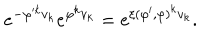
LaTeX: e ^ { - \varphi ^ { k } v _ { k } } e ^ { \varphi ^ { k } v _ { k } } = e ^ { \xi ( \varphi ^ { \prime } , \varphi ) ^ { k } v _ { k } } .